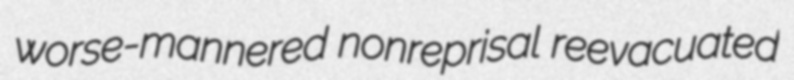
worse-mannered nonreprisal reevacuated